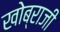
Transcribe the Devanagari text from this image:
खोब्राजी